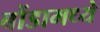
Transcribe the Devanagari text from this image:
बोंडामध्ये